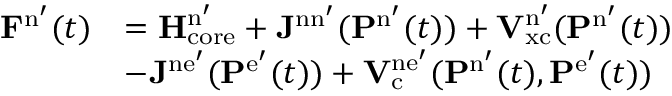
\begin{array} { r l } { \mathbf { F } ^ { \mathrm { n } ^ { \prime } } ( t ) } & { = \mathbf { H } _ { \mathrm { c o r e } } ^ { \mathrm { n } ^ { \prime } } + \mathbf { J } ^ { \mathrm { n n } ^ { \prime } } ( \mathbf { P } ^ { \mathrm { n } ^ { \prime } } ( t ) ) + \mathbf { V } _ { \mathrm { x c } } ^ { \mathrm { n } ^ { \prime } } ( \mathbf { P } ^ { \mathrm { n } ^ { \prime } } ( t ) ) } \\ & { - \mathbf { J } ^ { \mathrm { n e } ^ { \prime } } ( \mathbf { P } ^ { \mathrm { e } ^ { \prime } } ( t ) ) + \mathbf { V } _ { \mathrm { c } } ^ { \mathrm { n e } ^ { \prime } } ( \mathbf { P } ^ { \mathrm { n } ^ { \prime } } ( t ) , \mathbf { P } ^ { \mathrm { e } ^ { \prime } } ( t ) ) } \end{array}